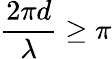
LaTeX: {\frac{2\pi d}{\lambda}}\geq\pi